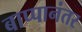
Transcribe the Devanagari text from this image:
बाप्पानंतर